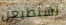
تستطيعن